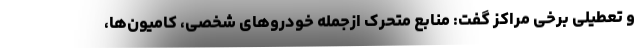
و تعطیلی برخی مراکز گفت: منابع متحرک ازجمله خودروهای شخصی، کامیون‌ها،